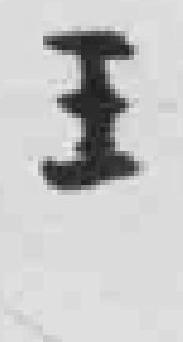
王